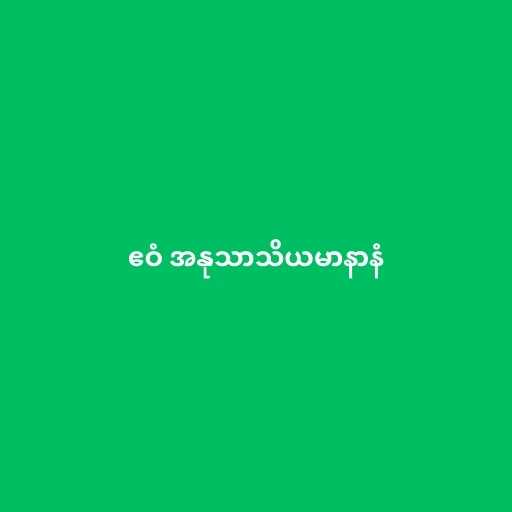
ဧဝံ အနုသာသိယမာနာနံ